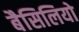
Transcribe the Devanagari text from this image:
बैसिलियो